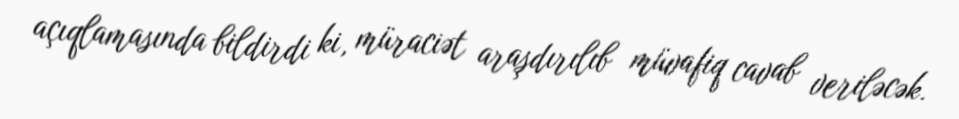
açıqlamasında bildirdi ki, müraciət araşdırılıb müvafiq cavab veriləcək.